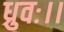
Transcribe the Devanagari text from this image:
ध्रुवः।।